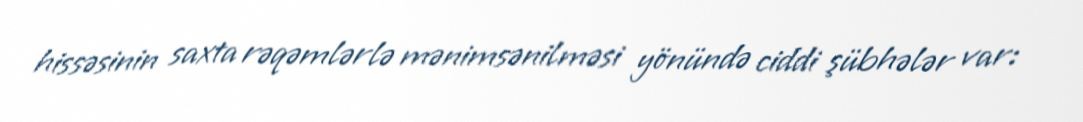
hissəsinin saxta rəqəmlərlə mənimsənilməsi yönündə ciddi şübhələr var: